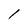
Character: 1